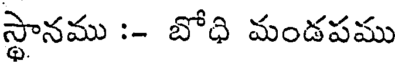
స్థానము :- బోధి మండపము